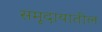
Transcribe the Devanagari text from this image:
समूदायातील